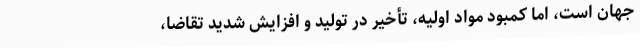
جهان است، اما کمبود مواد اولیه، تأخیر در تولید و افزایش شدید تقاضا،